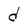
Character: d